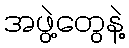
အဖွဲ့တွေနဲ့